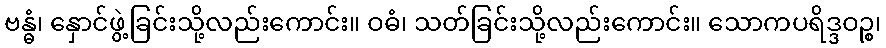
ဗန္ဓံ၊ နှောင်ဖွဲ့ခြင်းသို့လည်းကောင်း။ ဝဓံ၊ သတ်ခြင်းသို့လည်းကောင်း။ သောကပရိဒ္ဒဝဉ္စ၊